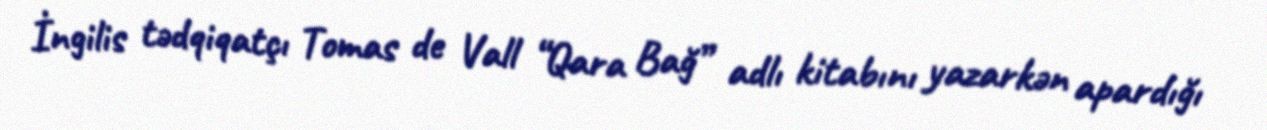
İngilis tədqiqatçı Tomas de Vall “Qara Bağ” adlı kitabını yazarkən apardığı